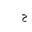
Letter: _ha